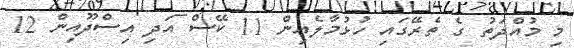
މި މުއްދަތު ގެ ތެރޭގައި ހުޅުމާލެއިން 11 ކޭސް އަދި އިސްދޫއިން 12